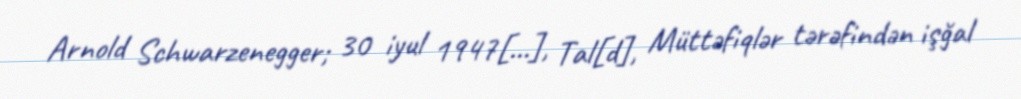
Arnold Schwarzenegger; 30 iyul 1947[…], Tal[d], Müttəfiqlər tərəfindən işğal